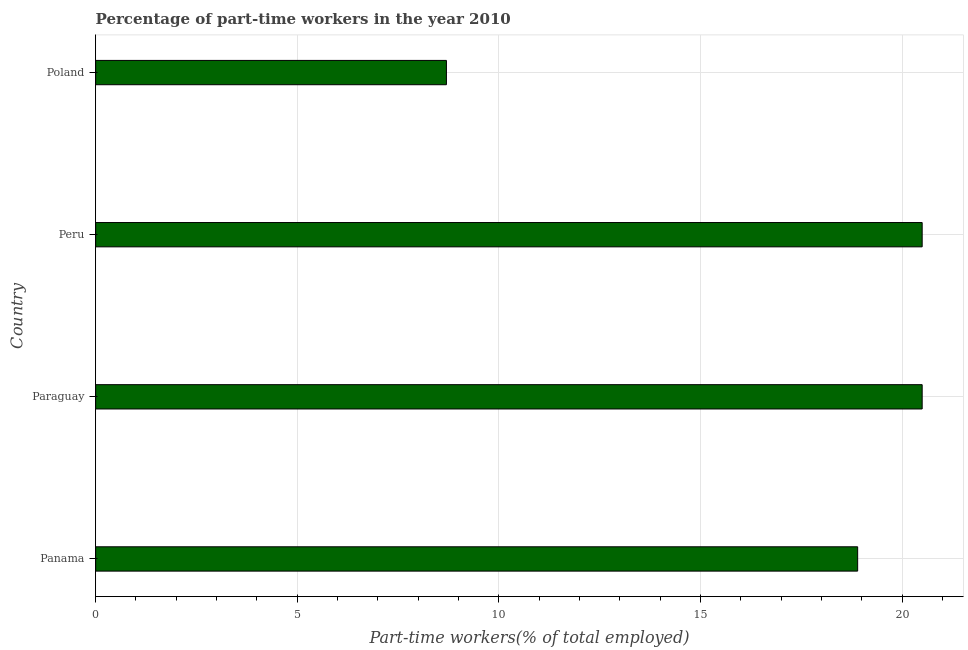
| Country | Part time employment |
 | --- | --- |
 | Panama | 18.9 |
 | Paraguay | 20.5 |
 | Peru | 20.5 |
 | Poland | 8.7 |